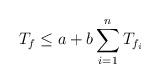
LaTeX: \begin{align*} T_f \le a + b \sum_{i=1}^nT_{f_i} \end{align*}